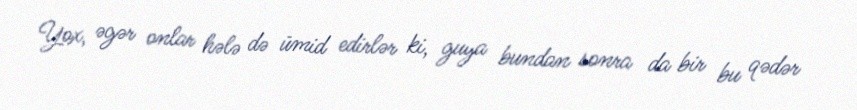
Yox, əgər onlar hələ də ümid edirlər ki, guya bundan sonra da bir bu qədər